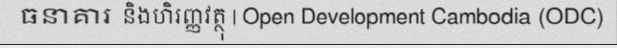
ធនាគារ និងហិរញ្ញវត្ថុ | Open Development Cambodia (ODC)